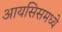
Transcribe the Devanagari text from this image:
आयसिसमध्ये